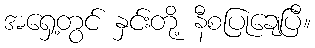
အရှေ့တွင် နှင်းတို့ နီစပြုချေပြီ။